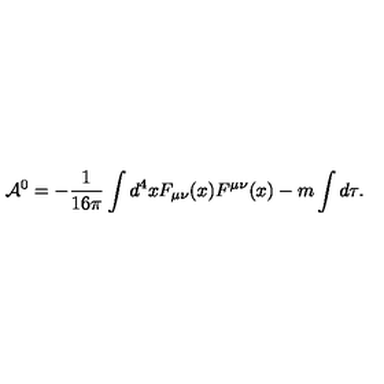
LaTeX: { \cal A } ^ { 0 } = - \frac { 1 } { 1 6 \pi } \int d ^ { 4 } x F _ { \mu \nu } ( x ) F ^ { \mu \nu } ( x ) - m \int d \tau .